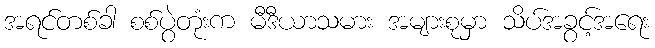
အရင်တစ်ခါ စစ်ပွဲတုံးက မီဒီယာသမား အများစုမှာ သိပ်အခွင့်အရေး